Development of the parasite of Indian kala azar - Number 53
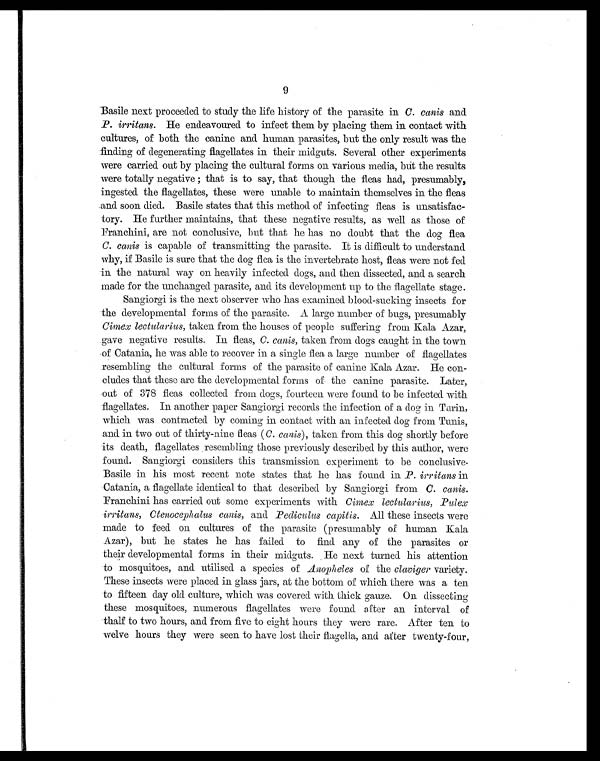
9
Basile next proceeded to study the life history of the parasite in C. canis and
P. irritans. He endeavoured to infect them by placing them in contact with
cultures, of both the canine and human parasites, but the only result was the
finding of degenerating flagellates in their midguts. Several other experiments
were carried out by placing the cultural forms on various media, but the results
were totally negative ; that is to say, that though the fleas had, presumably,
ingested the flagellates, these were unable to maintain themselves in the fleas
and soon died. Basile states that this method of infecting fleas is unsatisfac-
tory. He further maintains, that these negative results, as well as those of
Franchini, are not conclusive, but that he has no doubt that the dog flea
C. canis is capable of transmitting the parasite. It is difficult to understand
why, if Basile is sure that the dog flea is the invertebrate host, fleas were not fed
in the natural way on heavily infected dogs, and then dissected, and a search
made for the unchanged parasite, and its development up to the flagellate stage.
Sangiorgi is the next observer who has examined blood-sucking insects for
the developmental forms of the parasite. A large number of bugs, presumably
Cimex lectularius, taken from the houses of people suffering from Kala Azar,
gave negative results. In fleas, C. canis, taken from dogs caught in the town
of Catania, he was able to recover in a single flea a large number of flagellates
resembling the cultural forms of the parasite of canine Kala Azar. He con-
cludes that these are the developmental forms of the canine parasite. Later,
out of 378 fleas collected from dogs, fourteen were found to be infected with
flagellates. In another paper Sangiorgi records the infection of a dog in Turin,
which was contracted by coming in contact with an infected. dog from Tunis,
and in two out of thirty-nine fleas (C. c anis), taken from this dog shortly before
its death, flagellates resembling those previously described by this author, were
found. Sangiorgi considers this transmission experiment to be conclusive.
Basile in his most recent note states that he has found in P. irritans in
Catania, a flagellate identical to that described by Sangiorgi from C. c anis.
Franchini has carried out some experiments with Cimex lectularius, Pulex
irritans, Ctenocephalus canis, and Pediculus capitis. All these insects were
made to feed on cultures of the parasite (presumably of human Kala
Azar), but he states he has failed to find any of the parasites or
their developmental forms in their midguts. He next turned his attention
to mosquitoes, and utilised a species of Anopheles of the claviger variety.
These insects were placed in glass jars, at the bottom of which there was a ten
to fifteen day old culture, which was covered with thick gauze. On dissecting
these mosquitoes, numerous flagellates were found after an interval of
thalf to two hours, and from five to eight hours they were rare. After ten to
welve hours they were seen to have lost their flagella, and alter twenty-four,